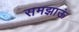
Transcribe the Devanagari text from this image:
समझाऊं